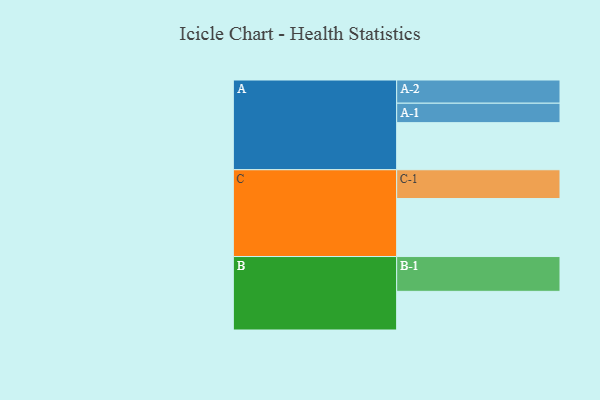
{"axis": {"x": "Segment", "y": "Value"}, "legend": ["", "A", "B", "C"], "data": [{"x": "A", "y": 402, "type": ""}, {"x": "B", "y": 330, "type": ""}, {"x": "C", "y": 495, "type": ""}, {"x": "A-1", "y": 166, "type": "A"}, {"x": "A-2", "y": 198, "type": "A"}, {"x": "B-1", "y": 297, "type": "B"}, {"x": "C-1", "y": 246, "type": "C"}]}